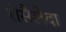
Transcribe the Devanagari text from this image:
रोसैलेदा